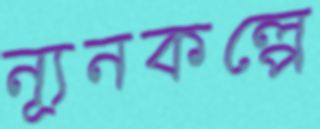
ন্যূনকল্পে